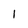
Character: l